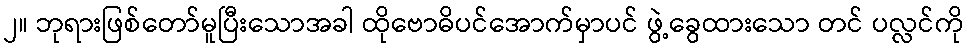
၂။ ဘုရားဖြစ်တော်မူပြီးသောအခါ ထိုဗောဓိပင်အောက်မှာပင် ဖွဲ့ခွေထားသော တင် ပလ္လင်ကို